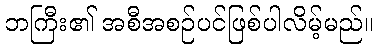
ဘကြီး၏ အစီအစဉ်ပင်ဖြစ်ပါလိမ့်မည်။